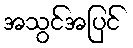
အသွင်အပြင်